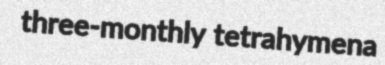
three-monthly tetrahymena